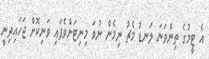
އެ ޓީމުގެ ތިންވަނަ ލަނޑު މެޗު ނިމެން ނުވަ މިނިޓަށްވެފައި ވަނިކޮށް ޖަހައިދިނީ